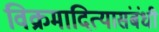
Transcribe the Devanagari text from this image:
विक्रमादित्यासंबंधी